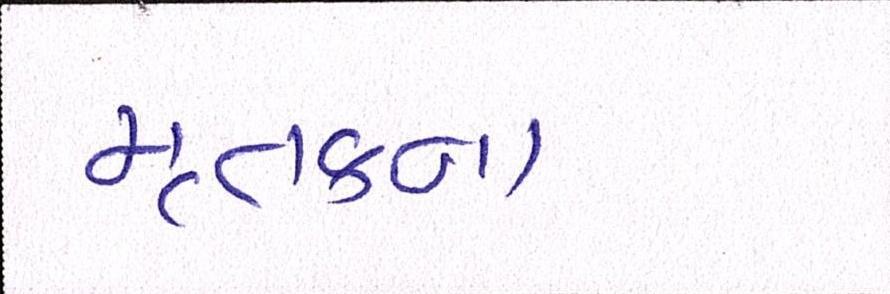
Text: મૃતકના